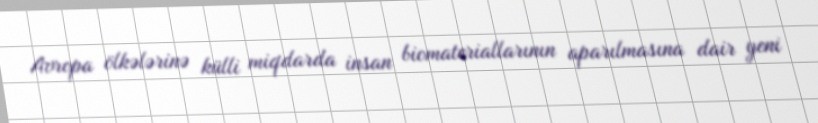
Avropa ölkələrinə külli miqdarda insan biomateriallarının aparılmasına dair yeni